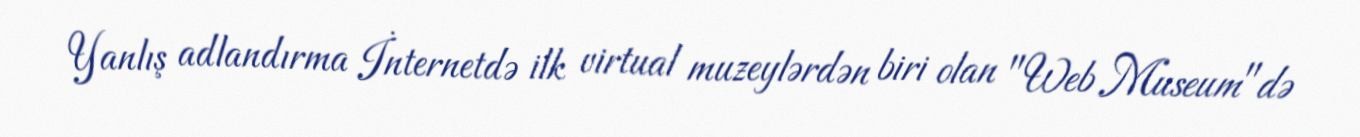
Yanlış adlandırma İnternetdə ilk virtual muzeylərdən biri olan "Web Museum"də